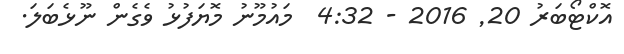
އޮކްޓޯބަރު 20